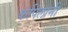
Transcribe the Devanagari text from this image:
कपिलानी